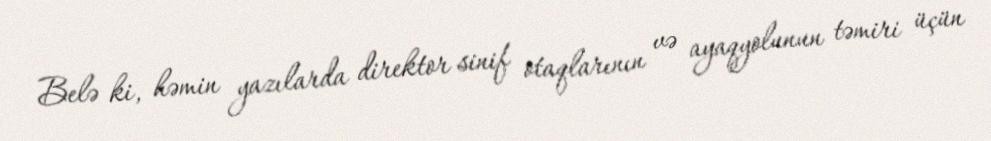
Belə ki, həmin yazılarda direktor sinif otaqlarının və ayaqyolunun təmiri üçün